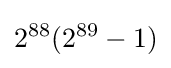
2^{88}(2^{89}-1)